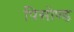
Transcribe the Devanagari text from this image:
पिसोण्ड